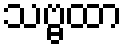
သဗ္ဗထာ